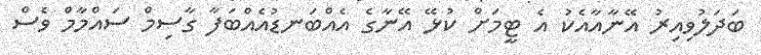
ބަދަލުވިއިރު އޭނާއާއެކު އެ ޓީމަށް ކުޅޭ އޭނާގެ އެއްބަނޑުއެއްބަފާ ގާސިމް ސައްމާމް ވެސް